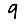
Digit: 9